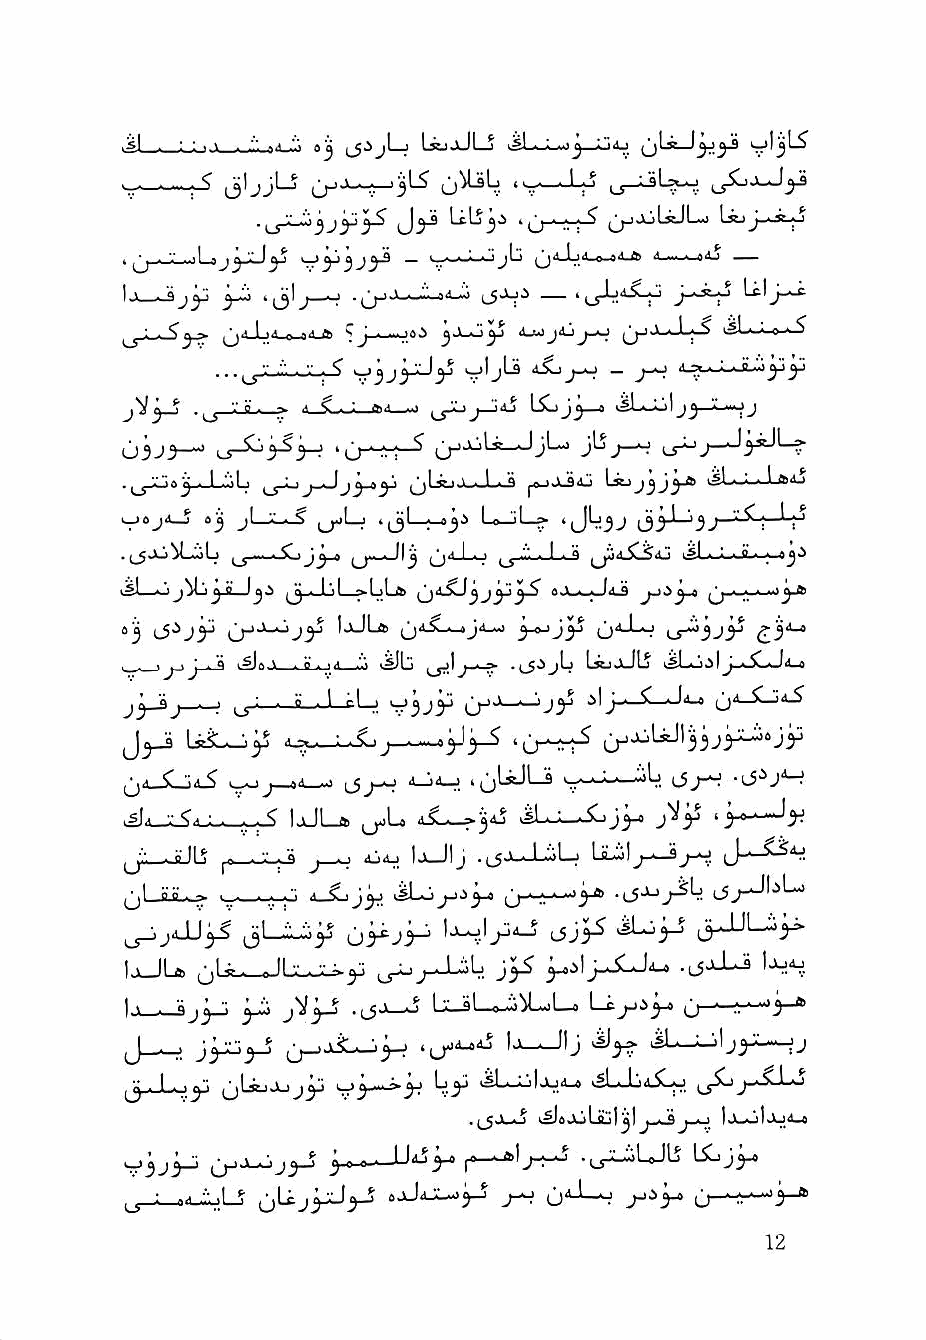
: : 'n n '■ j.- 0^ LkjaJLj  Lio       v'jj^
 O^-^—?—'3'-^
 LcLj^'i   ^jjjjL^l—> j.K^^
 '.' ..<! '■' ^      »—OjLj ^A-LjA*o.>a^-l!& *1 ■■ ■ liAj _
 5 .1" I •'. . »l . . . '. ..\ . ". -d li (_5Jo.i ' I "'^ ■" L--j^o Ltl i-"^
 9j^ >-      •Cr'
 ^^l-.-S5* ^n ^ jj4_Lij 4_o_p «4_l^k ^j-i"^*■-'-!i-;.-<^ >iiSL:-,0' >
 ^ " .". . '■• -<   ^ j-^ -   (Ua-U-JUlyy
 ^ '.' Q . -w A ^ ..I j L^jj^—4 i^Li— —iL—jj
 U3J3-^ L5-^^3-^                   ^ LT^r-*-^^'-?'
 .,j-ijo^_JjoL j_Jj^y> ^jLijJ_J_.J Lajjjj'j-^ vSL-I-J-ttij
 ^0j4_5 ejj jL_i^ j_^Lj  U-iLs- 'JLjjj L3i-^33—"^"!~^'^
 .(_5JkjM_^Lj -, . Cjj^ ^.>^11 j ^4_Lo lJL-Li-b.. »
 ^^1.    ,1^.^ ^ . 1 <I ^1 it eJ..!—^^3
 ®3            l-ULd q4X-^J4-8->
 ,^.      f ^_'Jl'_*•^_ v^Lj j"*"^ ^Wvdlj
 j^j—^  ^■; ■ ,g_.,l cLj y3jy U-"-^— ilj—
 .OUJLJ
 ,-,j_X_id5 ^ t—s-i—' iS 1-^        4 ll55 j-H •lS'^JM
 l5j-H
 IjJLa. ijoU  3iS isLj-Xjjj--
 » q4j
 ^jL-JLJIj ^ - - " ; "° O ijiJ |j_Jlj . ^_5.^-J-.^L^ Ixil j-i—Sj-*J,
 (jLJuL^ i__-^ i^j^, liL^ ,_yw^3-6
 ^jiU'y^                     ijj^ iLjj-S
 |x->_3j^ 3-i   -lS-^ LijUJiliLoLo Lijjijj
 J__j                .ijo8_8i5 1j-^1j
 L3J <5L-i:1aj>e vsL-biX^ ^^j,XLj
 l^6.>JlLiijl3l J-^ 1j_oIaj8_4
 y3j3_i                                \Xdjy,
 ^ : 4.1,,';,;1-S ^jUj^3-5             u- '